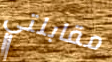
مقابلتي